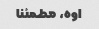
اوه، مطمئنا